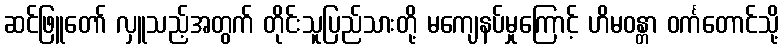
ဆင်ဖြူတော် လှူသည့်အတွက် တိုင်းသူပြည်သားတို့ မကျေနပ်မှုကြောင့် ဟိမဝန္တာ ဝင်္ကတောင်သို့